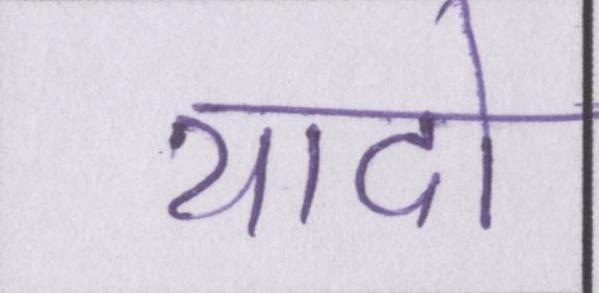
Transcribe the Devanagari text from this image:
यादो